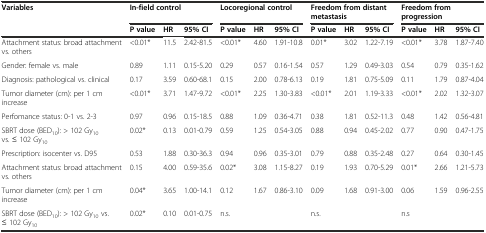
<table><thead><tr><td rowspan="2"><b>Variables</b></td><td colspan="3"><b>In-field control</b></td><td colspan="3"><b>Locoregional control</b></td><td colspan="3"><b>Freedom from distant metastasis</b></td><td colspan="3"><b>Freedom from progression</b></td></tr><tr><td><b>P value</b></td><td><b>HR</b></td><td><b>95% CI</b></td><td><b>P value</b></td><td><b>HR</b></td><td><b>95% CI</b></td><td><b>P value</b></td><td><b>HR</b></td><td><b>95% CI</b></td><td><b>P value</b></td><td><b>HR</b></td><td><b>95% CI</b></td></tr></thead><tbody><tr><td>Attachment status: broad attachment vs. others</td><td>&lt;0.01*</td><td>11.5</td><td>2.42-81.5</td><td>&lt;0.01*</td><td>4.60</td><td>1.91-10.8</td><td>0.01*</td><td>3.02</td><td>1.22-7.19</td><td>&lt;0.01*</td><td>3.78</td><td>1.87-7.40</td></tr><tr><td>Gender: female vs. male</td><td>0.89</td><td>1.11</td><td>0.15-5.20</td><td>0.29</td><td>0.57</td><td>0.16-1.54</td><td>0.57</td><td>1.29</td><td>0.49-3.03</td><td>0.54</td><td>0.79</td><td>0.35-1.62</td></tr><tr><td>Diagnosis: pathological vs. clinical</td><td>0.17</td><td>3.59</td><td>0.60-68.1</td><td>0.15</td><td>2.00</td><td>0.78-6.13</td><td>0.19</td><td>1.81</td><td>0.75-5.09</td><td>0.11</td><td>1.79</td><td>0.87-4.04</td></tr><tr><td>Tumor diameter (cm): per 1 cm increase</td><td>&lt;0.01*</td><td>3.71</td><td>1.47-9.72</td><td>&lt;0.01*</td><td>2.25</td><td>1.30-3.83</td><td>&lt;0.01*</td><td>2.01</td><td>1.19-3.33</td><td>&lt;0.01*</td><td>2.02</td><td>1.32-3.07</td></tr><tr><td>Perfomance status: 0-1 vs. 2-3</td><td>0.97</td><td>0.96</td><td>0.15-18.5</td><td>0.88</td><td>1.09</td><td>0.36-4.71</td><td>0.38</td><td>1.81</td><td>0.52-11.3</td><td>0.48</td><td>1.42</td><td>0.56-4.81</td></tr><tr><td>SBRT dose (BED<sub>10</sub>): &gt; 102 Gy<sub>10</sub> vs. ≤ 102 Gy<sub>10</sub></td><td>0.02*</td><td>0.13</td><td>0.01-0.79</td><td>0.59</td><td>1.25</td><td>0.54-3.05</td><td>0.88</td><td>0.94</td><td>0.45-2.02</td><td>0.77</td><td>0.90</td><td>0.47-1.75</td></tr><tr><td>Prescription: isocenter vs. D95</td><td>0.53</td><td>1.88</td><td>0.30-36.3</td><td>0.94</td><td>0.96</td><td>0.35-3.01</td><td>0.79</td><td>0.88</td><td>0.35-2.48</td><td>0.27</td><td>0.64</td><td>0.30-1.45</td></tr><tr><td>Attachment status: broad attachment vs. others</td><td>0.15</td><td>4.00</td><td>0.59-35.6</td><td>0.02*</td><td>3.08</td><td>1.15-8.27</td><td>0.19</td><td>1.93</td><td>0.70-5.29</td><td>0.01*</td><td>2.66</td><td>1.21-5.73</td></tr><tr><td>Tumor diameter (cm): per 1 cm increase</td><td>0.04*</td><td>3.65</td><td>1.00-14.1</td><td>0.12</td><td>1.67</td><td>0.86-3.10</td><td>0.09</td><td>1.68</td><td>0.91-3.00</td><td>0.06</td><td>1.59</td><td>0.96-2.55</td></tr><tr><td>SBRT dose (BED<sub>10</sub>): &gt; 102 Gy<sub>10</sub> vs. ≤ 102 Gy<sub>10</sub></td><td>0.02*</td><td>0.10</td><td>0.01-0.75</td><td>n.s.</td><td></td><td></td><td>n.s.</td><td></td><td></td><td>n.s</td><td></td><td></td></tr></tbody></table>